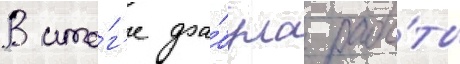
В ито́г'е фа́була рабо́ты